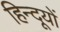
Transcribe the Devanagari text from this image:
हिन्दूयों